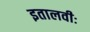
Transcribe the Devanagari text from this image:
इतालवीः